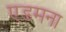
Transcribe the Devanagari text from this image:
एडमना